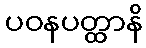
ပဝနပတ္ထာနိ